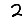
Digit: 2